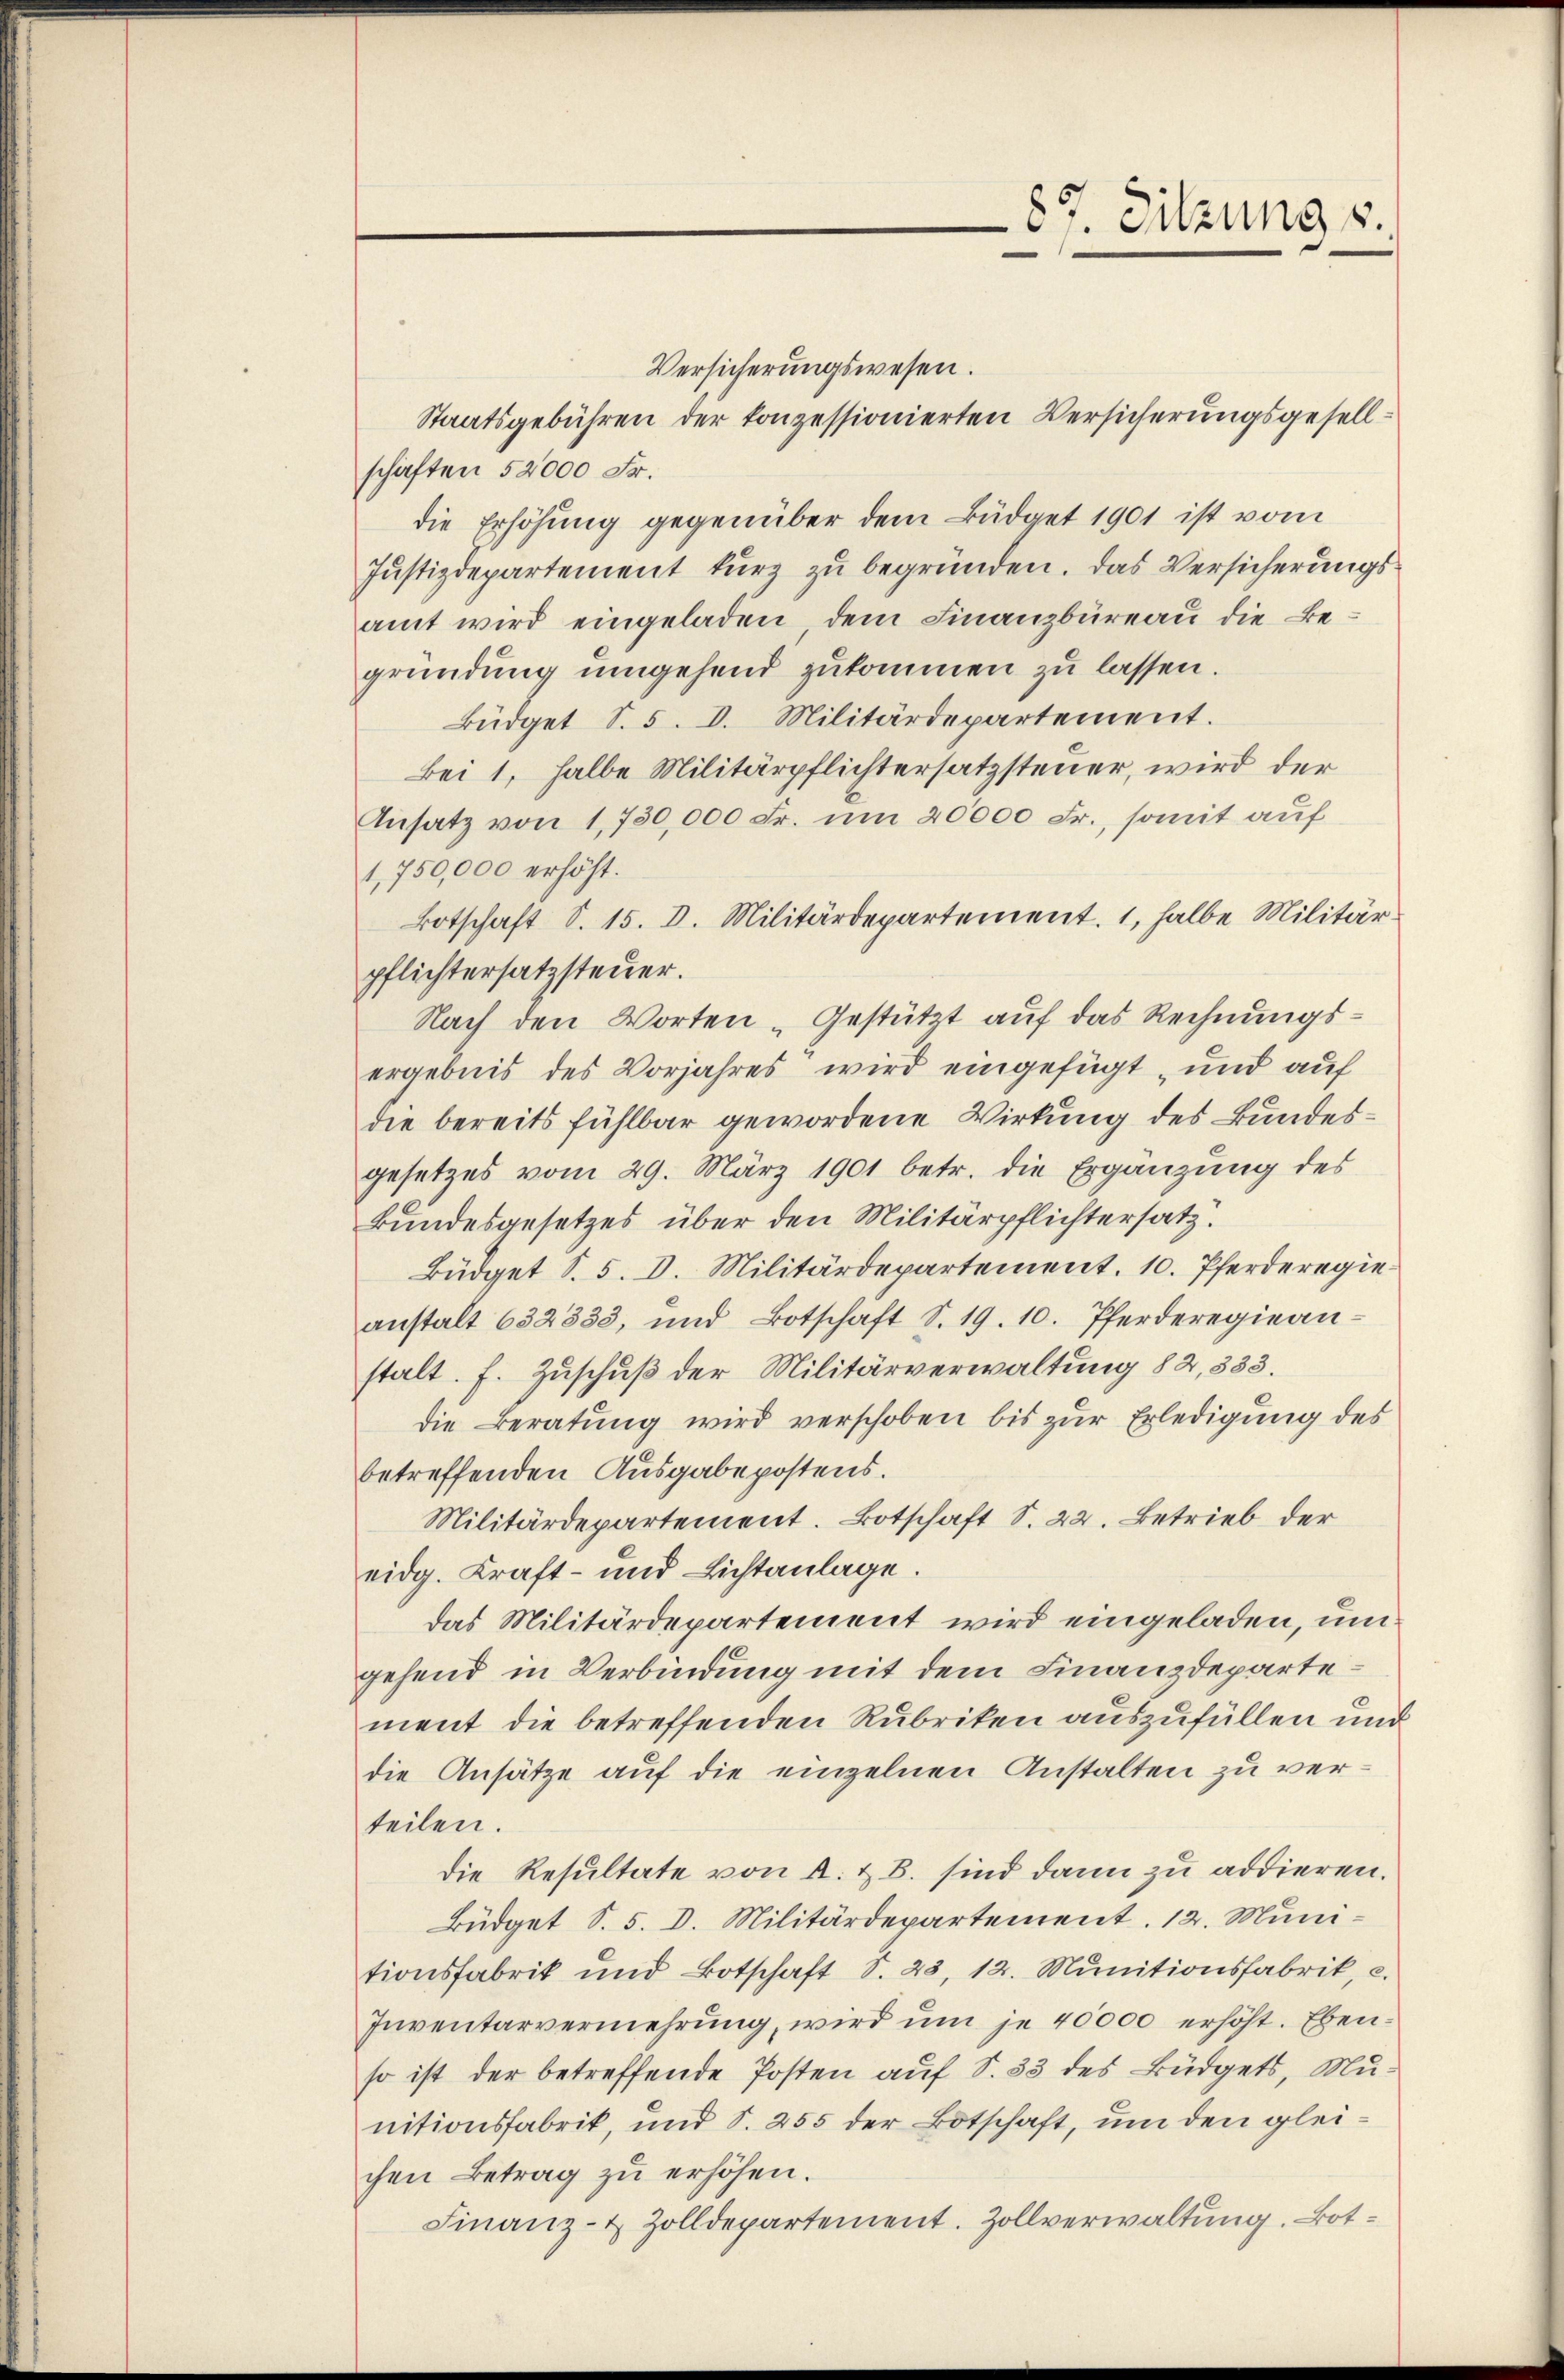
Versicherungswesen.
Staatsgebühren der konzessionierten Versicherungsgesellschaften 52000 Fr.
die Erhöhung gegenüber dem Büdget 1901 ist vom
Justizdepartement kurz zu begründen. Das Versicherungsamt wird eingeladen, dem Finanzbüreau die Begründung umgehend zukommen zu lassen.
Büdget S. 5. d. Militärdepartement.
Bei 1, halbe Militärpflichtersatzsteuer, wird der
Ansatz von 1,730,000 Fr. um 20000 Fr., somit auf
1,750,000 erhöht.
Botschaft S. 15. d. Militärdepartement. 1, halbe Militärpflichtersatzsteuer.
Nach den Worten „Gestützt auf das Rechnungsergebnis des Vorjahres wird eingefügt, und auf
die bereits fühlbar gewordene Wirkung des Bundesgesetzes vom 29. März 1901 betr. die Ergänzung des
Bundesgesetzes über den Militärpflichtersatz.
Büdget S. 5. d. Militärdepartement. 10. Pferderegieanstalt 632338, und Botschaft S. 19. 10. Pferderegieanstalt. f. Zuschuß der Militärverwaltung 82, 333.
die Beratung wird verschoben bis zur Erledigung des
betreffenden Ausgabepostens.
Militärdepartement. Botschaft S. 22. Betrieb der
eidg. Kraft- und Lichtanlage.
das Militärdepartement wird eingeladen, um
gehend in Verbindung mit dem Finanzdepartement die betreffenden Rubriken auszufüllen und
die Ansätze auf die einzelnen Anstalten zu verteilen.
Die Resultate von A. & B. sind dann zu addieren.
Büdget S. 5. d. Militärdepartement. 12. Munitionsfabrik und Botschaft S. 23, 12. Mŭnitionsfabrik, c.
Inventarvermehrung, wird ŭm je 40000 erhöht. Ebenso ist der betreffende Posten auf S. 33 des Büdgets, Munitionsfabrik, und S. 255 der Botschaft, um den gleichen Betrag zu erhöhen.
Finanz- & Zolldepartement. Zollverwaltung. Bot¬

87. Sitzung u.